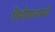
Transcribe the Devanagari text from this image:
लिपीशास्त्राची